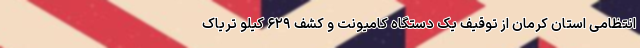
انتظامی استان کرمان از توقیف یک دستگاه کامیونت و کشف ۶۲۹ کیلو تریاک